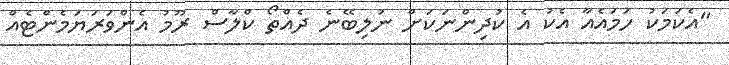
"އެކަމަކު ހަމައެއާ އެކު އެ ކުދިންނަކަށް ނުލިބޭނެ ދެއްތޯ ކްލާސް ރޫމު އެންވަރަޔަމެންޓެއް